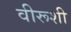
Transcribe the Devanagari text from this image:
वीरूशी